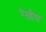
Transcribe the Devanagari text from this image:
रैखीय